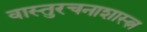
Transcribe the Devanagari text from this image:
वास्तुरचनाशास्त्न